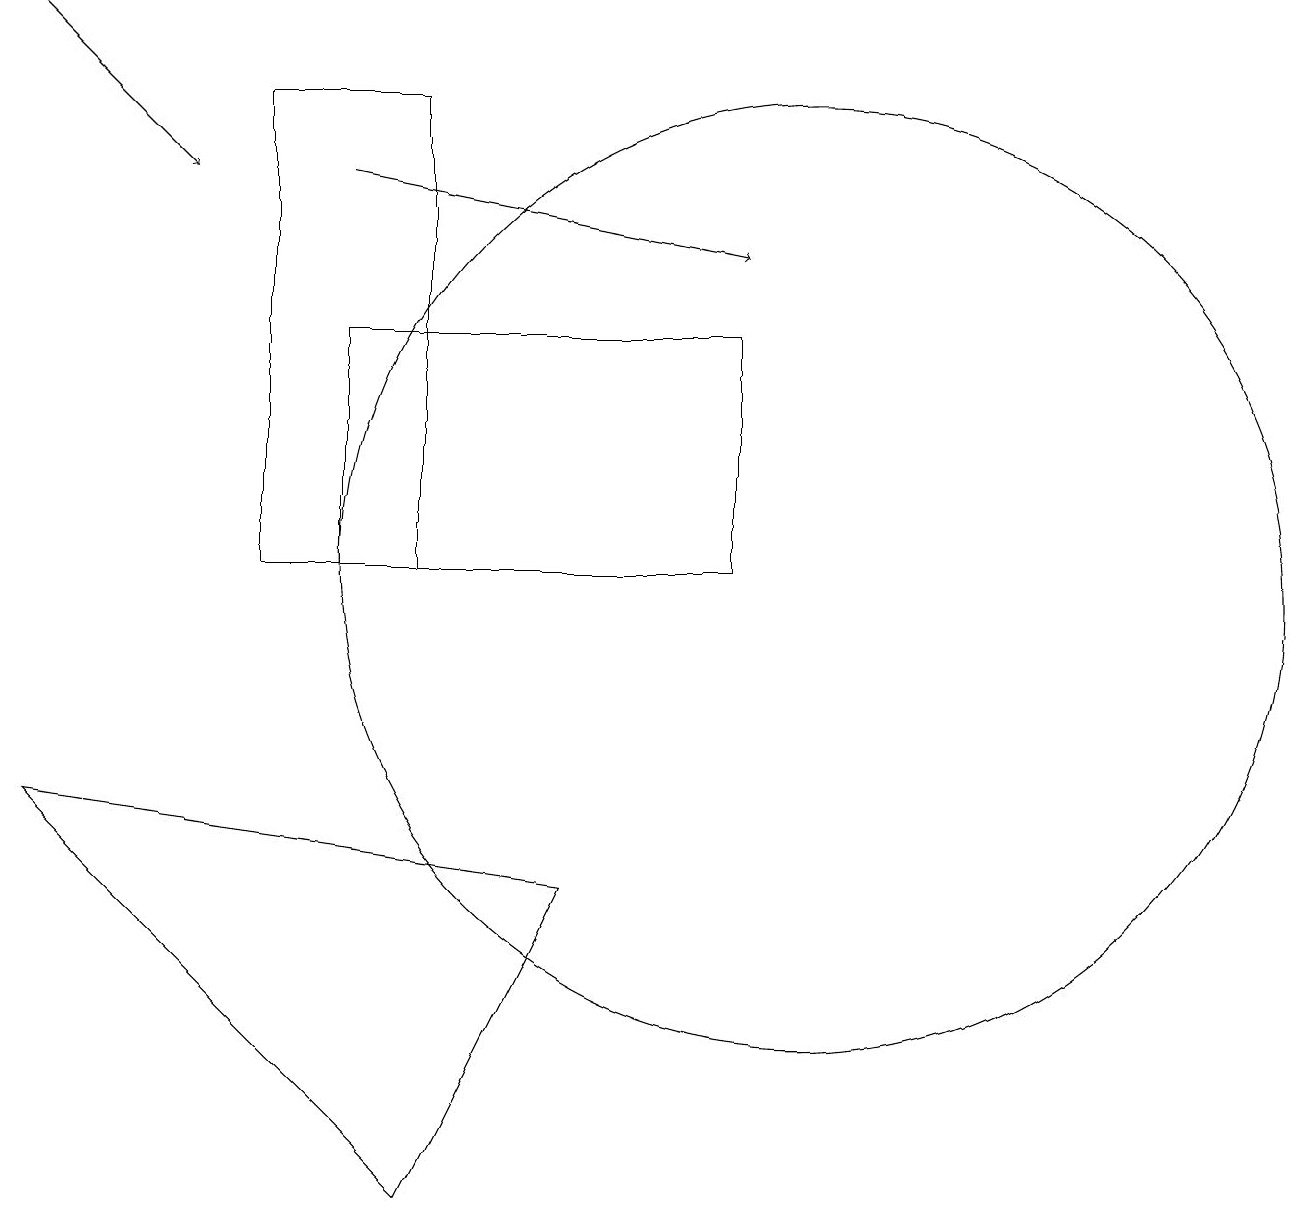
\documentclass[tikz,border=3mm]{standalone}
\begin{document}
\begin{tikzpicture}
\draw[->] (4,15) -- (9,14);
\draw (5,2) -- (7,6) -- (0,7) -- cycle;
\draw (5,10) rectangle (3,16);
\draw[->] (0,17) -- (2,15);
\draw (10,10) circle (6);
\draw (9,13) rectangle (4,10);
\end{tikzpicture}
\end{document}